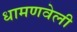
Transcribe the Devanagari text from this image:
धामणवेली